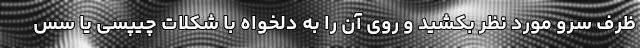
ظرف سرو مورد نظر بکشید و روی آن را به دلخواه با شکلات چیپسی یا سس